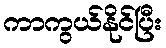
ကာကွယ်နိုင်ပြီး